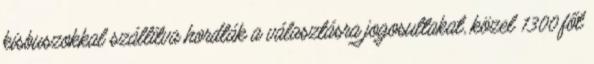
kisbuszokkal szállítva hordták a választásra jogosultakat, közel 1300 főt